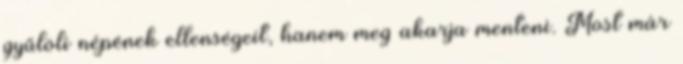
gyűlöli népének ellenségeit, hanem meg akarja menteni. Most már